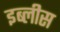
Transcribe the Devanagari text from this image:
इब्लीस